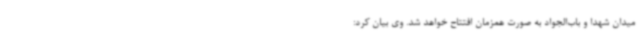
میدان شهدا و باب‌الجواد به صورت همزمان افتتاح خواهد شد. وی بیان کرد: